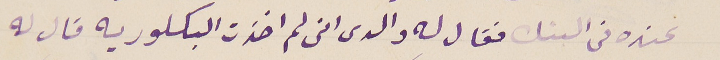
عنده في البنك فقال له والدى انى لم اخذت البكلوريه قال له